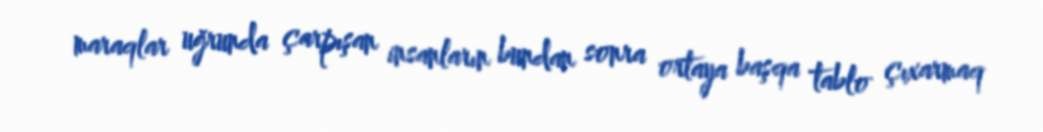
maraqlar uğrunda çarpışan insanların bundan sonra ortaya başqa tablo çıxarmaq